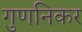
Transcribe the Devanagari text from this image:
गुणनिकर